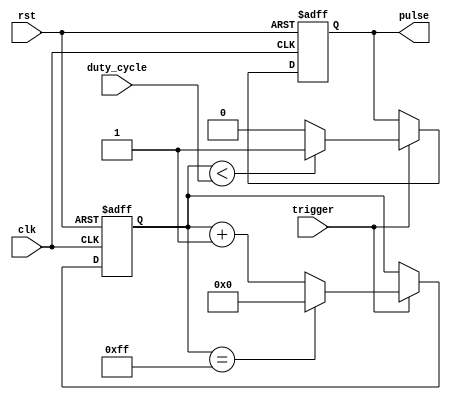
module duty_cycle_pulse_generator(
    input clk, // input clock signal
    input rst, // input reset signal
    input trigger, // input trigger signal
    input [7:0] duty_cycle, // input duty cycle value (0-255)
    output reg pulse // output pulse signal
);

reg [7:0] counter; // counter for duty cycle calculation

always @(posedge clk or posedge rst) begin
    if (rst) begin
        pulse <= 1'b0; // reset pulse signal
        counter <= 8'b0; // reset counter
    end else if (trigger) begin
        if (counter < duty_cycle) begin
            pulse <= 1'b1; // set pulse high
        end else begin
            pulse <= 1'b0; // set pulse low
        end
        
        if (counter == 255) begin
            counter <= 8'b0; // reset counter if duty cycle reached
        end else begin
            counter <= counter + 1; // increment counter
        end
    end
end

endmodule